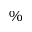
\%